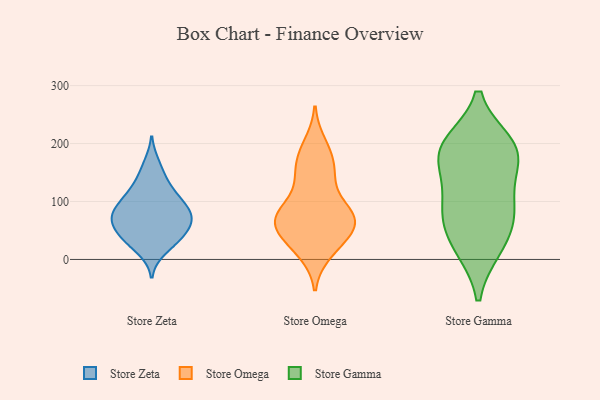
{"axis": {"x": "Budget (USD K)", "y": "Value"}, "legend": ["Store Gamma", "Store Omega", "Store Zeta"], "data": [{"x": "", "y": 87, "type": "Store Zeta"}, {"x": "", "y": 108, "type": "Store Zeta"}, {"x": "", "y": 36, "type": "Store Zeta"}, {"x": "", "y": 72, "type": "Store Zeta"}, {"x": "", "y": 62, "type": "Store Zeta"}, {"x": "", "y": 74, "type": "Store Zeta"}, {"x": "", "y": 32, "type": "Store Zeta"}, {"x": "", "y": 71, "type": "Store Zeta"}, {"x": "", "y": 111, "type": "Store Zeta"}, {"x": "", "y": 44, "type": "Store Zeta"}, {"x": "", "y": 17, "type": "Store Zeta"}, {"x": "", "y": 43, "type": "Store Zeta"}, {"x": "", "y": 143, "type": "Store Zeta"}, {"x": "", "y": 87, "type": "Store Zeta"}, {"x": "", "y": 74, "type": "Store Zeta"}, {"x": "", "y": 118, "type": "Store Zeta"}, {"x": "", "y": 164, "type": "Store Zeta"}, {"x": "", "y": 28, "type": "Store Omega"}, {"x": "", "y": 19, "type": "Store Omega"}, {"x": "", "y": 183, "type": "Store Omega"}, {"x": "", "y": 54, "type": "Store Omega"}, {"x": "", "y": 46, "type": "Store Omega"}, {"x": "", "y": 68, "type": "Store Omega"}, {"x": "", "y": 80, "type": "Store Omega"}, {"x": "", "y": 76, "type": "Store Omega"}, {"x": "", "y": 140, "type": "Store Omega"}, {"x": "", "y": 55, "type": "Store Omega"}, {"x": "", "y": 148, "type": "Store Omega"}, {"x": "", "y": 198, "type": "Store Omega"}, {"x": "", "y": 174, "type": "Store Omega"}, {"x": "", "y": 13, "type": "Store Omega"}, {"x": "", "y": 141, "type": "Store Omega"}, {"x": "", "y": 71, "type": "Store Omega"}, {"x": "", "y": 87, "type": "Store Omega"}, {"x": "", "y": 79, "type": "Store Omega"}, {"x": "", "y": 70, "type": "Store Omega"}, {"x": "", "y": 179, "type": "Store Gamma"}, {"x": "", "y": 164, "type": "Store Gamma"}, {"x": "", "y": 74, "type": "Store Gamma"}, {"x": "", "y": 199, "type": "Store Gamma"}, {"x": "", "y": 80, "type": "Store Gamma"}, {"x": "", "y": 198, "type": "Store Gamma"}, {"x": "", "y": 20, "type": "Store Gamma"}, {"x": "", "y": 79, "type": "Store Gamma"}, {"x": "", "y": 21, "type": "Store Gamma"}, {"x": "", "y": 190, "type": "Store Gamma"}, {"x": "", "y": 120, "type": "Store Gamma"}]}